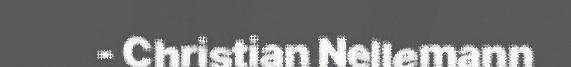
- Christian Nellemann